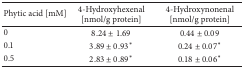
| Phytic acid [mM] | 4-Hydroxyhexenal [nmol/g protein] | 4-Hydroxynonenal [nmol/g protein] |
 | --- | --- | --- |
 | 0 | 8.24 ± 1.69 | 0.44 ± 0.09 |
 | 0.1 | 3.89 ± 0.93* | 0.24 ± 0.07* |
 | 0.5 | 2.83 ± 0.89* | 0.18 ± 0.06* |